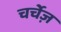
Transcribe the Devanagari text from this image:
चर्चेज़